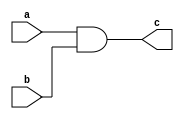
`timescale 1ns / 1ps
//////////////////////////////////////////////////////////////////////////////////
// Company: 
// Engineer: 
// 
// Design Name: 
// Module Name:    and 
// Project Name: 
// Target Devices: 
// Tool versions: 
// Description: 
//
// Dependencies: 
//
// Revision: 
// Revision 0.01 - File Created
// Additional Comments: 
//
//////////////////////////////////////////////////////////////////////////////////
module andgate(
    input a,
	 input b,
	 output c
	 );
	assign c=a&b;

endmodule